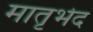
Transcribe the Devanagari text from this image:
मातृभेद